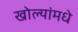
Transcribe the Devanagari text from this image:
खोल्यांमधे